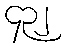
၄၃၂